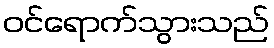
ဝင်ရောက်သွားသည်